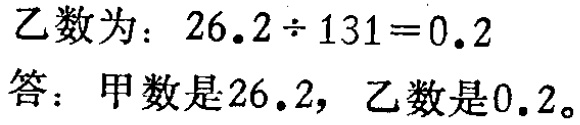
乙数为：\(26.2\div 131 = 0.2\)

答：甲数是\(26.2\)，乙数是\(0.2\)。